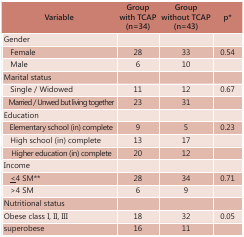
<table><thead><tr><td><b>Variable</b></td><td><b>Group with TCAP (n=34)</b></td><td><b>Group without TCAP (n=43)</b></td><td><b>p*</b></td></tr></thead><tbody><tr><td>Gender</td><td></td><td></td><td></td></tr><tr><td> Female</td><td>28</td><td>33</td><td>0.54</td></tr><tr><td> Male</td><td>6</td><td>10</td><td></td></tr><tr><td>Marital status</td><td></td><td></td><td></td></tr><tr><td> Single / Widowed</td><td>11</td><td>12</td><td>0.67</td></tr><tr><td> Married / Unwed but livingtogether</td><td>23</td><td>31</td><td></td></tr><tr><td>Education</td><td></td><td></td><td></td></tr><tr><td> Elementary school (in)complete</td><td>9</td><td>5</td><td>0.23</td></tr><tr><td> High school (in) complete</td><td>13</td><td>17</td><td></td></tr><tr><td> Higher education (in) complete </td><td>20</td><td>12</td><td></td></tr><tr><td>Income </td><td></td><td></td><td></td></tr><tr><td> &lt;4 SM**</td><td>28</td><td>34</td><td>0.71</td></tr><tr><td> &gt;4 SM</td><td>6</td><td>9</td><td></td></tr><tr><td>Nutritional status</td><td></td><td></td><td></td></tr><tr><td>Obese class I, II, III</td><td>18</td><td>32</td><td>0.05</td></tr><tr><td>superobese</td><td>16</td><td>11</td><td></td></tr></tbody></table>